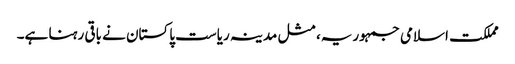
مملکت اسلامی جمہوریہ، مثل مدینہ ریاست پاکستان نے باقی رہنا ہے۔